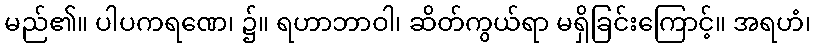
မည်၏။ ပါပကရဏေ၊ ၌။ ရဟာဘာဝါ၊ ဆိတ်ကွယ်ရာ မရှိခြင်းကြောင့်။ အရဟံ၊